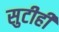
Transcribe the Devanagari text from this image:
सुटीही